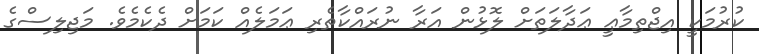
ކުރުމަކީ އިޖްތިމާޢީ ޢަދާލަތަށް ލޮޅުން އަރާ ނުރައްކާތެރި ޢަމަލެއް ކަމަށް ދެކެމެވެ. މަޖިލިސްގެ